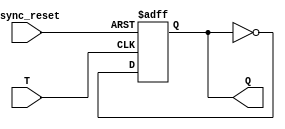
module AsyncTFF(input T, input async_reset, output reg Q);

always @ (posedge T or negedge async_reset)
begin
 if (async_reset == 0) 
   Q <= 0;
 else if (T == 1)
   Q <= ~Q;
end

endmodule